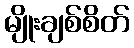
မျိုးချစ်စိတ်